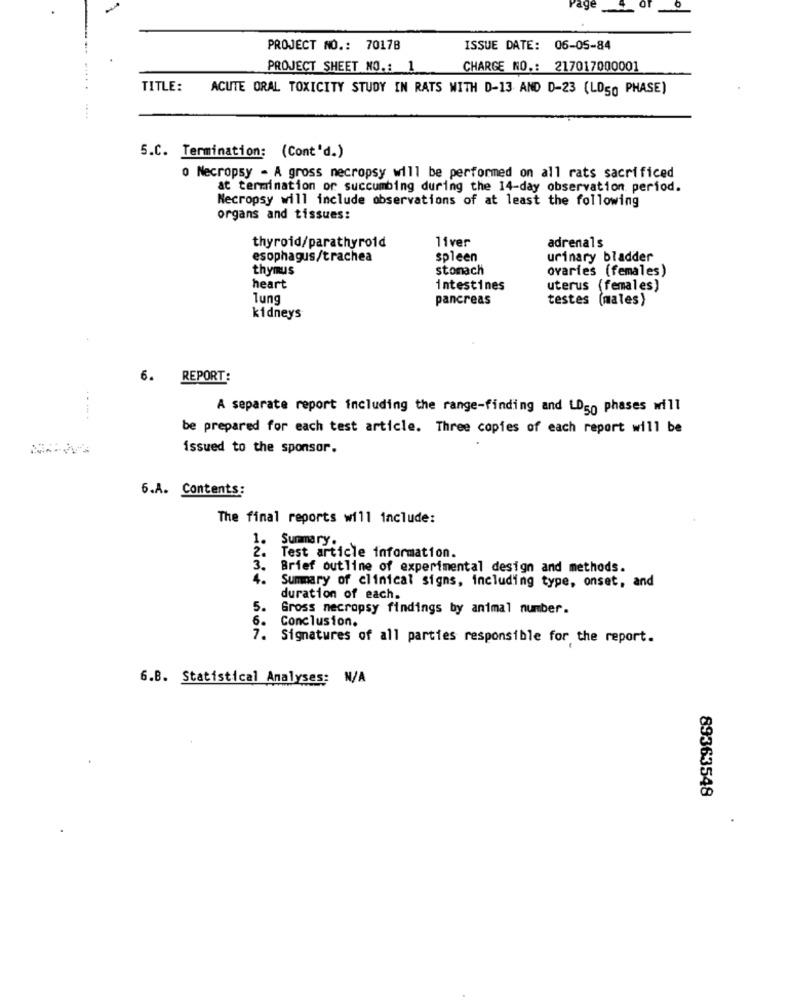
age
0
PROJECT NO .: 70178
ISSUE DATE: 06-05-84
PROJECT SHEET NO .: 1
CHARGE NO .: 217017000001
....
TITLE:
ACUTE ORAL TOXICITY STUDY IN RATS WITH D-13 AND D-23 (LD50 PHASE)
....
5.C. Termination: (Cont'd.)
o Necropsy - A gross necropsy will be performed on all rats sacrificed
at termination or succumbing during the 14-day observation period.
Necropsy will include observations of at least the following
organs and tissues:
thyroid/parathyroid
11ver
adrenals
esophagus/trachea
spleen
urinary bladder
thymus
stomach
ovaries (females)
heart
intestines
uterus (females)
Tung
pancreas
testes (males)
kidneys
6.
REPORT:
A separate report including the range-finding and LDgo phases will
be prepared for each test article. Three copies of each report will be
issued to the sponsor.
6.A. Contents:
The final reports will include:
1.
Summary.
2.
Test article information.
3.
Brief outline of experimental design and methods.
4.
Summary of clinical signs, including type, onset, and
duration of each.
5.
Gross necropsy findings by animal number.
6.
Conclusion.
7. Signatures of all parties responsible for the report.
6.B. Statistical Analyses: N/A
89363548